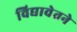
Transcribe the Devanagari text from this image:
विद्यावेतने